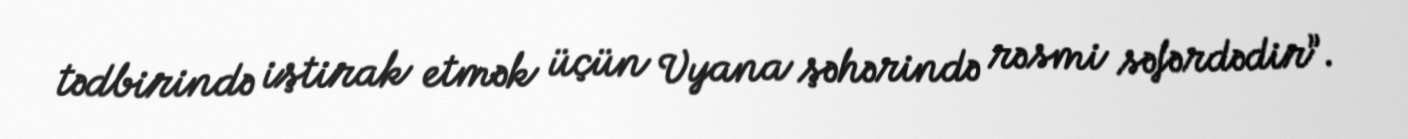
tədbirində iştirak etmək üçün Vyana şəhərində rəsmi səfərdədir”.